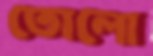
তোলো